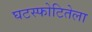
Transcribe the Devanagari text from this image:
घटस्फोटितेला